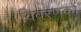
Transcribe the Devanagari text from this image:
विवरणकों